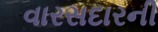
વારસદારની